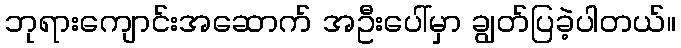
ဘုရားကျောင်းအဆောက် အဦးပေါ်မှာ ချွတ်ပြခဲ့ပါတယ်။